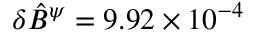
\delta \hat { B } ^ { \psi } = 9 . 9 2 \times 1 0 ^ { - 4 }